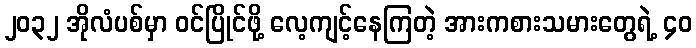
၂၀၃၂ အိုလံပစ်မှာ ဝင်ပြိုင်ဖို့ လေ့ကျင့်နေကြတဲ့ အားကစားသမားတွေရဲ့ ၄၀